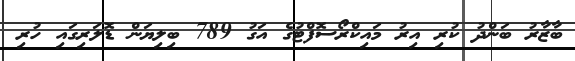
ބާޒާރު ބަންދު ކުރި އިރު މައިކްރޯސޮފްޓުގެ އަގު 789 ބިލިޔަން ޑޮލަރިގައި ހުރި